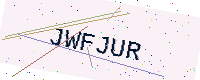
Text: JWFJUR